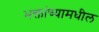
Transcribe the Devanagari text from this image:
भक्तांच्यामधील